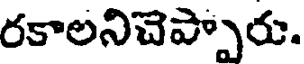
రకాలనిచెప్పారు.